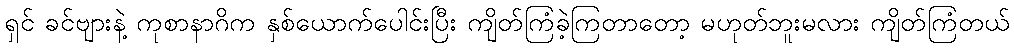
ရှင် ခင်ဗျားနဲ့ ကုစာနာဂိက နှစ်ယောက်ပေါင်းပြီး ကျိတ်ကြံခဲ့ကြတာတော့ မဟုတ်ဘူးမလား ကျိတ်ကြံတယ်